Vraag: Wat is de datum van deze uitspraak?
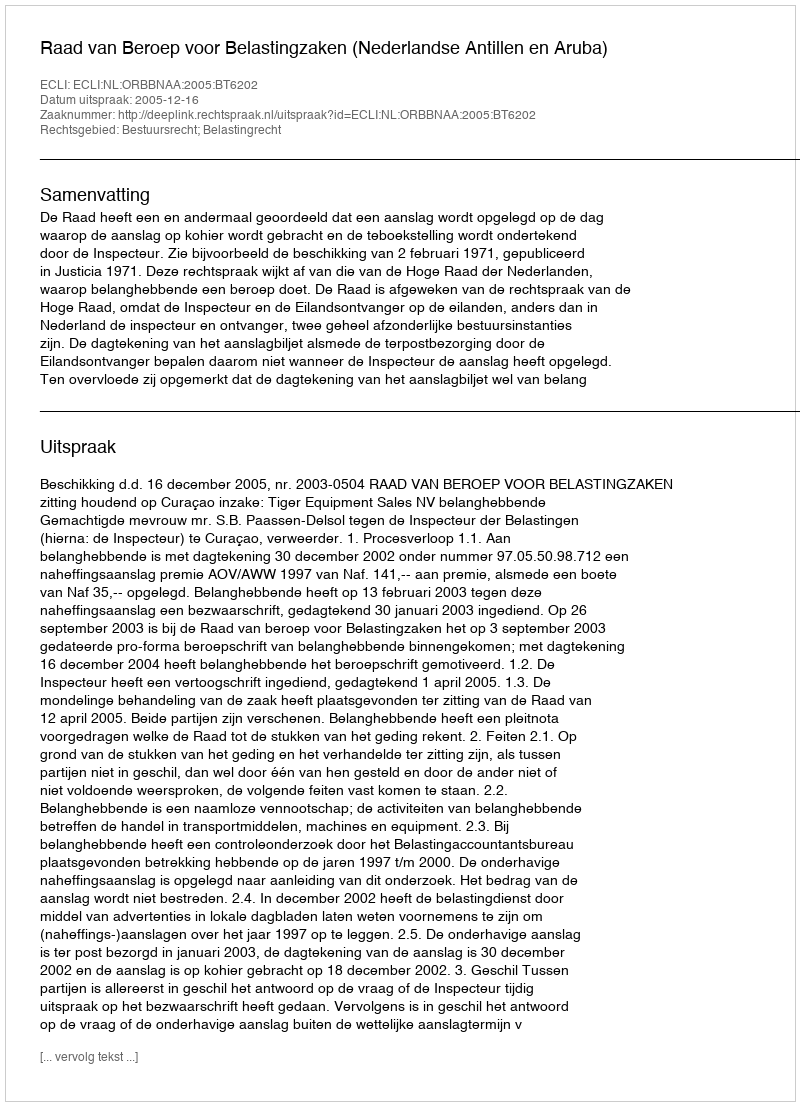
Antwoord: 2005-12-16